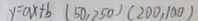
y = a x + b ( 5 0 , 2 5 0 ) ( 2 0 0 , 1 0 0 )